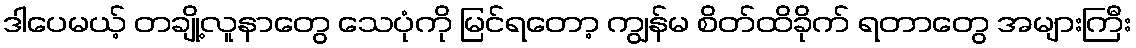
ဒါပေမယ့် တချို့လူနာတွေ သေပုံကို မြင်ရတော့ ကျွန်မ စိတ်ထိခိုက် ရတာတွေ အများကြီး